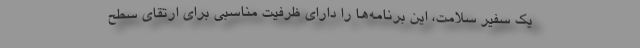
یک سفیر سلامت، این برنامه‌ها را دارای ظرفیت مناسبی برای ارتقای سطح